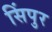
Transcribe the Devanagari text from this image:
सिंपुर